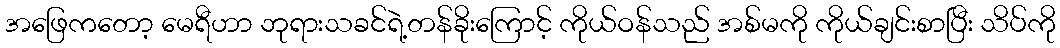
အဖြေကတော့ မေရီဟာ ဘုရားသခင်ရဲ့တန်ခိုးကြောင့် ကိုယ်ဝန်သည် အစ်မကို ကိုယ်ချင်းစာပြီး သိပ်ကို